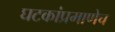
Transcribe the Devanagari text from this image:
घटकांप्रमाणेच